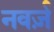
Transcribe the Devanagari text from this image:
नवर्ज़